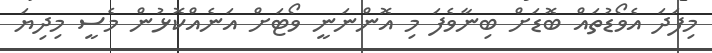
މިފަދަ އެވޯޑުތައް ބޮޑަށް ބިނާވެފަ މި އޮންނަނީ ވޯޓަށް އަނެއްކޮޅުން މެސީ މިދިޔަ